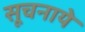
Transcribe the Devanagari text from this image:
सूचनाये